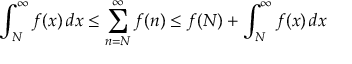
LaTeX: \int _ { N } ^ { \infty } f ( x ) \, d x \leq \sum _ { n = N } ^ { \infty } f ( n ) \leq f ( N ) + \int _ { N } ^ { \infty } f ( x ) \, d x